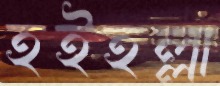
হইহল্লা